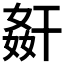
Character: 𭒋